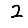
Digit: 2